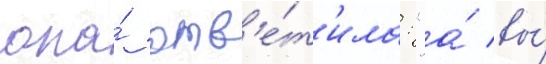
она́ отв'е́т'ила: "а́ вы́